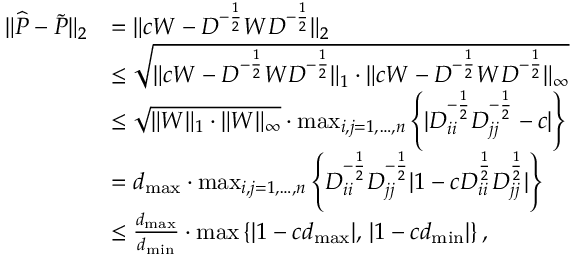
\begin{array} { r l } { \| \widehat { P } - \widetilde { P } \| _ { 2 } } & { = \| c W - D ^ { - \frac { 1 } { 2 } } W D ^ { - \frac { 1 } { 2 } } \| _ { 2 } } \\ & { \le \sqrt { \| c W - D ^ { - \frac { 1 } { 2 } } W D ^ { - \frac { 1 } { 2 } } \| _ { 1 } \cdot \| c W - D ^ { - \frac { 1 } { 2 } } W D ^ { - \frac { 1 } { 2 } } \| _ { \infty } } } \\ & { \leq \sqrt { \| W \| _ { 1 } \cdot \| W \| _ { \infty } } \cdot \operatorname* { m a x } _ { i , j = 1 , \ldots , n } \left\{ | D _ { i i } ^ { - \frac { 1 } { 2 } } D _ { j j } ^ { - \frac { 1 } { 2 } } - c | \right\} } \\ & { = d _ { \operatorname* { m a x } } \cdot \operatorname* { m a x } _ { i , j = 1 , \ldots , n } \left\{ D _ { i i } ^ { - \frac { 1 } { 2 } } D _ { j j } ^ { - \frac { 1 } { 2 } } | 1 - c D _ { i i } ^ { \frac { 1 } { 2 } } D _ { j j } ^ { \frac { 1 } { 2 } } | \right\} } \\ & { \leq \frac { d _ { \operatorname* { m a x } } } { d _ { \operatorname* { m i n } } } \cdot \operatorname* { m a x } \left\{ | 1 - c d _ { \operatorname* { m a x } } | , \, | 1 - c d _ { \operatorname* { m i n } } | \right\} , } \end{array}